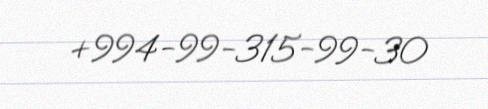
+994-99-315-99-30